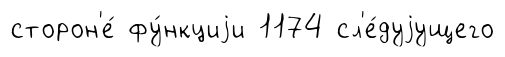
сторон'е́ фу́нкциjи 1174 сл'е́дуjущего